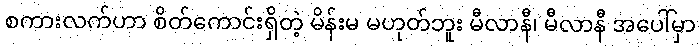
စကားလက်ဟာ စိတ်ကောင်းရှိတဲ့ မိန်းမ မဟုတ်ဘူး မီလာနီ၊ မီလာနီ အပေါ်မှာ